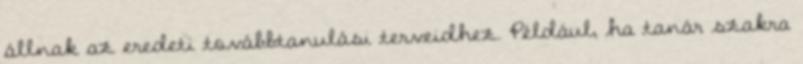
állnak az eredeti továbbtanulási terveidhez. Például, ha tanár szakra